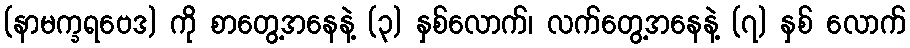
(နာမက္ခရဗေဒ) ကို စာတွေ့အနေနဲ့ (၃) နှစ်လောက်၊ လက်တွေ့အနေနဲ့ (၇) နှစ် လောက်